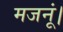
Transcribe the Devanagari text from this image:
मजनूं।